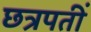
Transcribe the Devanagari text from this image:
छत्रपतीं